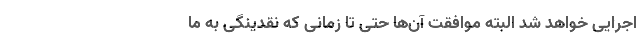
اجرایی خواهد شد البته موافقت آن‌ها حتی تا زمانی که نقدینگی به ما